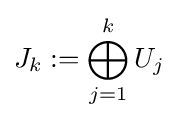
J_{k}:=\bigoplus _{j=1}^{k}U_{j}